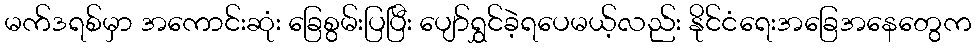
မက်ဒရစ်မှာ အကောင်းဆုံး ခြေစွမ်းပြပြီး ပျော်ရွှင်ခဲ့ရပေမယ့်လည်း နိုင်ငံရေးအခြေအနေတွေက